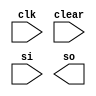
module siso (
    clk,clear,si,so
);
    input clk,clear,si;
    output so;
    reg [3:0]tmp;
    
    
endmodule